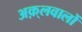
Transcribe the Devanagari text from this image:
अक़्लवालों